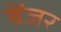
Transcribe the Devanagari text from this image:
बेंजर